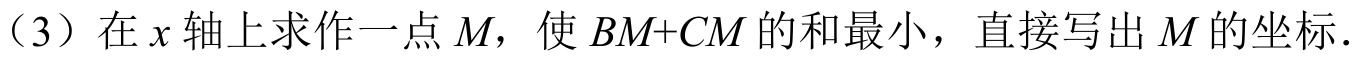
（3）在 \(x\) 轴上求作一点 \(M\)，使 \(BM + CM\) 的和最小，直接写出 \(M\) 的坐标．